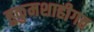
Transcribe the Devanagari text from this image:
हुकुमशाहीगत